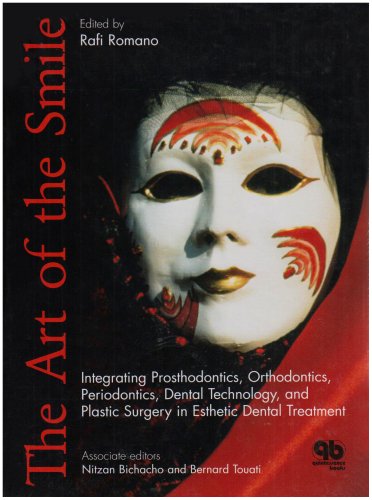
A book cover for The Art Of The Smile: Integrating Prosthodontics, Orthodontics, Periodontics, Dental Technology, And Plastic Surgery In Esthetic Dental Treatment; Rafi Romano; Medical Books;